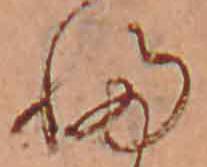
ふ